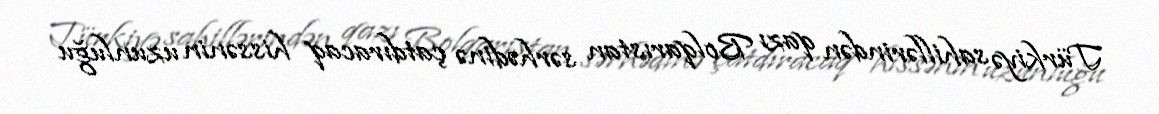
Türkiyə sahillərindən qazı Bolqarıstan sərhədinə çatdıracaq hissənin uzunluğu